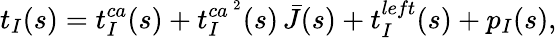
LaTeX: t_{I}(s)=t_{I}^{ca}(s)+t_{I}^{ca\ ^{2}}(s)\, \bar{J}(s)+t_{I}^{left}(s)+p_{I}(s),